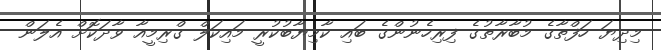
މިދިޔަ ހަފްތާގެ މުބާރާތުގެ ފިރިހެނުންގެ ބައި ކާމިޔާބުކުރީ މައިކަލް ގްރިމީއާ ވާދަކޮށް އެލަން